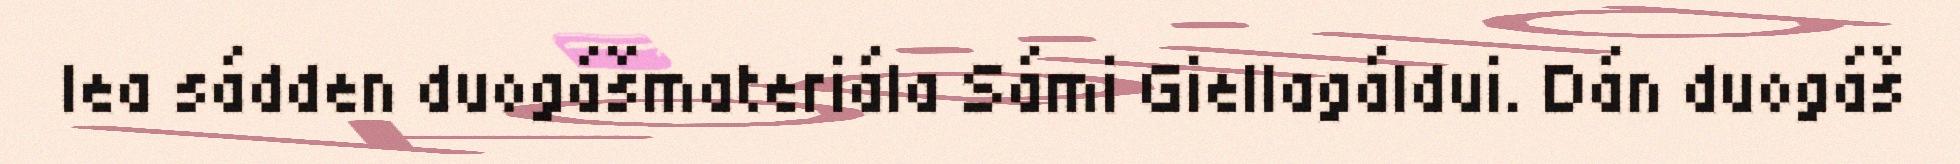
lea sádden duogášmateriála Sámi Giellagáldui. Dán duogáš